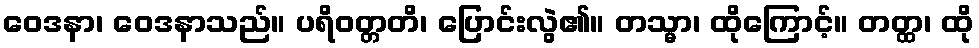
ဝေဒနာ၊ ဝေဒနာသည်။ ပရိဝတ္တတိ၊ ပြောင်းလွဲ၏။ တသ္မာ၊ ထိုကြောင့်။ တတ္ထ၊ ထို